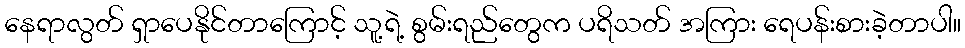
နေရာလွတ် ရှာပေနိုင်တာကြောင့် သူ့ရဲ့ စွမ်းရည်တွေက ပရိသတ် အကြား ရေပန်းစားခဲ့တာပါ။